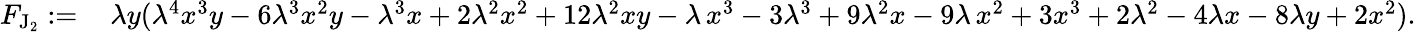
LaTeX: \begin{array}{rl}{F_{\mathrm{J}_{2}}:=\, }&{\lambda y(\lambda^{4}x^{3}y-6\lambda^{3}x^{2}y-\lambda^{3}x+2\lambda^{2}x^{2}+12\lambda^{2}xy-\lambda\, x^{3}-3\lambda^{3}+9\lambda^{2}x-9\lambda\, x^{2}+3x^{3}+2\lambda^{2}-4\lambda x-8\lambda y+2x^{2}).}\end{array}